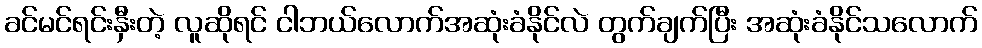
ခင်မင်ရင်းနှီးတဲ့ လူဆိုရင် ငါဘယ်လောက်အဆုံးခံနိုင်လဲ တွက်ချက်ပြီး အဆုံးခံနိုင်သလောက်